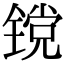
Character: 镋